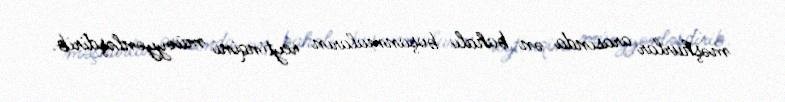
məşhurlar arasında ən bahalı boşanmaların reytinqini müəyyənləşdirib.